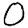
Digit: 0